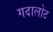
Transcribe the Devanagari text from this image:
गदालोट